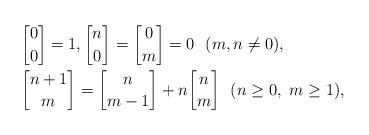
LaTeX: \begin{align*}& {0 \brack 0}=1,{n \brack 0}={0 \brack m}=0\ \ (m,n\neq 0),\\& {n+1 \brack m}={n \brack m-1}+n{n \brack m}\ \ (n\geq 0,\ m\geq 1),\end{align*}